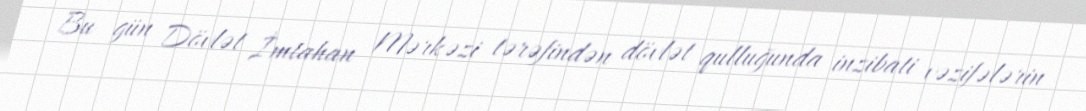
Bu gün Dövlət İmtahan Mərkəzi tərəfindən dövlət qulluğunda inzibati vəzifələrin